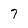
Character: 7